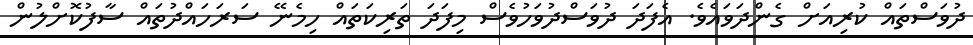
ދުވަސްތައް ކުރިއަށް ގެންދަވައެވެ. އެފަދަ ދުވަސްދުވަހުވެސް މިފަދަ ތަރިކަތައް ހިމެނޭ ސަރަހައްދުތައް ސާފުކޮށްލުން